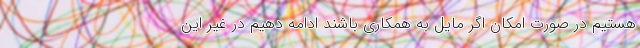
هستیم در صورت امکان اگر مایل به همکاری باشند ادامه دهیم در غیر این